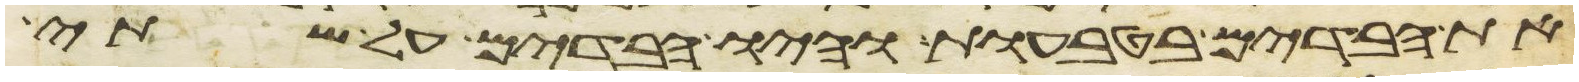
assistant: את הבדים בטבעות והיו הבדים על שתי